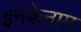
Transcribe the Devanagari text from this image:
इनकेनाम